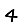
Digit: 4